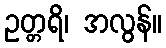
ဥတ္တရိ၊ အလွန်။